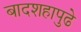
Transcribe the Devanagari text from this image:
बादशहापुढे